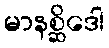
မာနစ္ဆိဒေါ